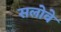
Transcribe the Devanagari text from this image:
सलोवे